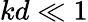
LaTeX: kd\ll 1